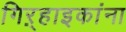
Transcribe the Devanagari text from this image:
गिऱ्हाइकांना